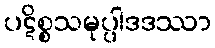
ပဋိစ္စသမုပ္ပါဒဒဿာ